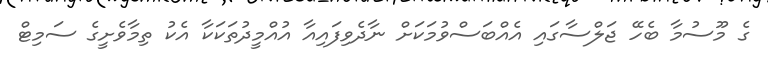
ގެ މޫސުމާ ބެހޭ ޖަލްސާގައި އެއްބަސްވުމަކަށް ނާދެވިފައިއާ އުއްމީދުތަކަކާ އެކު ތިމާވެށީގެ ސަމިޓް